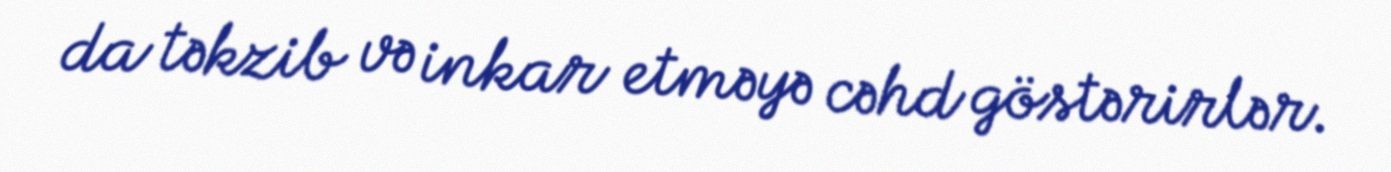
da təkzib və inkar etməyə cəhd göstərirlər.